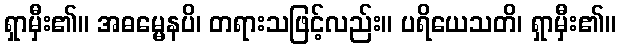
ရှာမှီး၏။ အဓမ္မေနပိ၊ တရားသဖြင့်လည်း။ ပရိယေသတိ၊ ရှာမှီး၏။